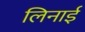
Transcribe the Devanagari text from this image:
लिनाई